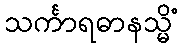
သင်္ကာရဓာနသ္မိံ